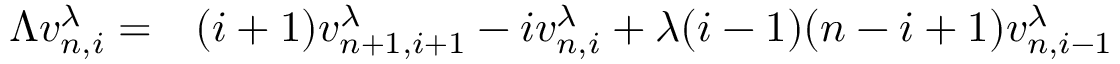
\begin{array} { r l } { \Lambda v _ { n , i } ^ { \lambda } = } & { { } ( i + 1 ) v _ { n + 1 , i + 1 } ^ { \lambda } - i v _ { n , i } ^ { \lambda } + \lambda ( i - 1 ) ( n - i + 1 ) v _ { n , i - 1 } ^ { \lambda } } \end{array}